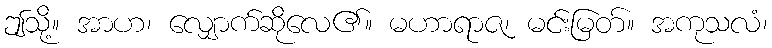
ဤသို့။ အာဟ၊ လျှောက်ဆိုလေ၏။ မဟာရာဇ၊ မင်းမြတ်။ အကုသလံ၊